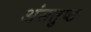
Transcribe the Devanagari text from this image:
अंसतुष्ट